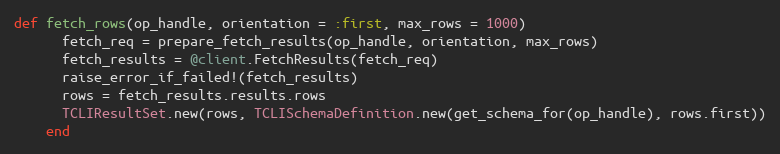
Language: Ruby
def fetch_rows(op_handle, orientation = :first, max_rows = 1000)
      fetch_req = prepare_fetch_results(op_handle, orientation, max_rows)
      fetch_results = @client.FetchResults(fetch_req)
      raise_error_if_failed!(fetch_results)
      rows = fetch_results.results.rows
      TCLIResultSet.new(rows, TCLISchemaDefinition.new(get_schema_for(op_handle), rows.first))
    end